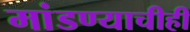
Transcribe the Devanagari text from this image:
मांडण्याचीही